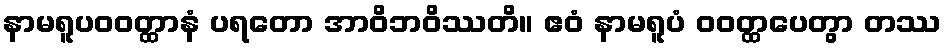
နာမရူပဝဝတ္ထာနံ ပရတော အာဝိဘဝိဿတိ။ ဧဝံ နာမရူပံ ဝဝတ္ထပေတွာ တဿ